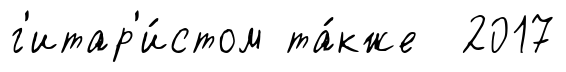
г'итар'и́стом та́кже 2017